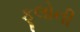
ફૂલોની